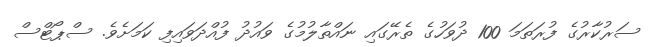
ސަރުކާރުގެ ފުރަތަމަ 100 ދުވަހުގެ ތެރޭގައި ނައްތާލުމުގެ ވައުދު ފުއްދަވައިފި ކަމަށެވެ. ސްޕޯޓްސް